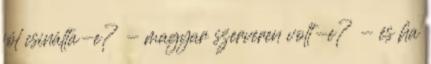
jól csinálta-e? - magyar szerveren volt-e? - és ha